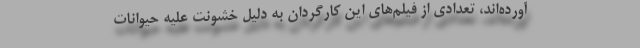
آورده‌اند، تعدادی از فیلم‌های این کارگردان به دلیل خشونت علیه حیوانات